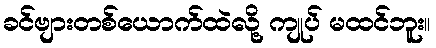
ခင်ဗျားတစ်ယောက်ထဲလို့ ကျုပ် မထင်ဘူး။